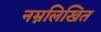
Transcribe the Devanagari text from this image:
नम्नलिखित